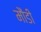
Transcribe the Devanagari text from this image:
मौंडी